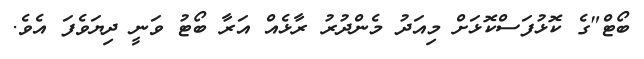
ބޯޓް"ގެ ކޮޅުފަސްކޮޅަށް މިއަދު މެންދުރު ރާޅެއް އަރާ ބޯޓު ވަނީ ދިޔަވެފަ އެވެ.